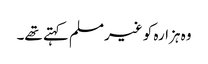
وہ ہزارہ کو غیرمسلم کہتے تھے۔